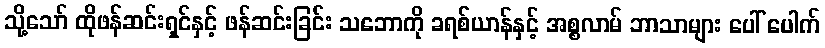
သို့သော် ထိုဖန်ဆင်းရှင်နှင့် ဖန်ဆင်းခြင်း သဘောကို ခရစ်ယာန်နှင့် အစ္စလာမ် ဘာသာများ ပေါ် ပေါက်